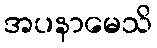
အပနာမေသိ